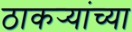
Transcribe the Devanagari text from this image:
ठाकर्‍यांच्या